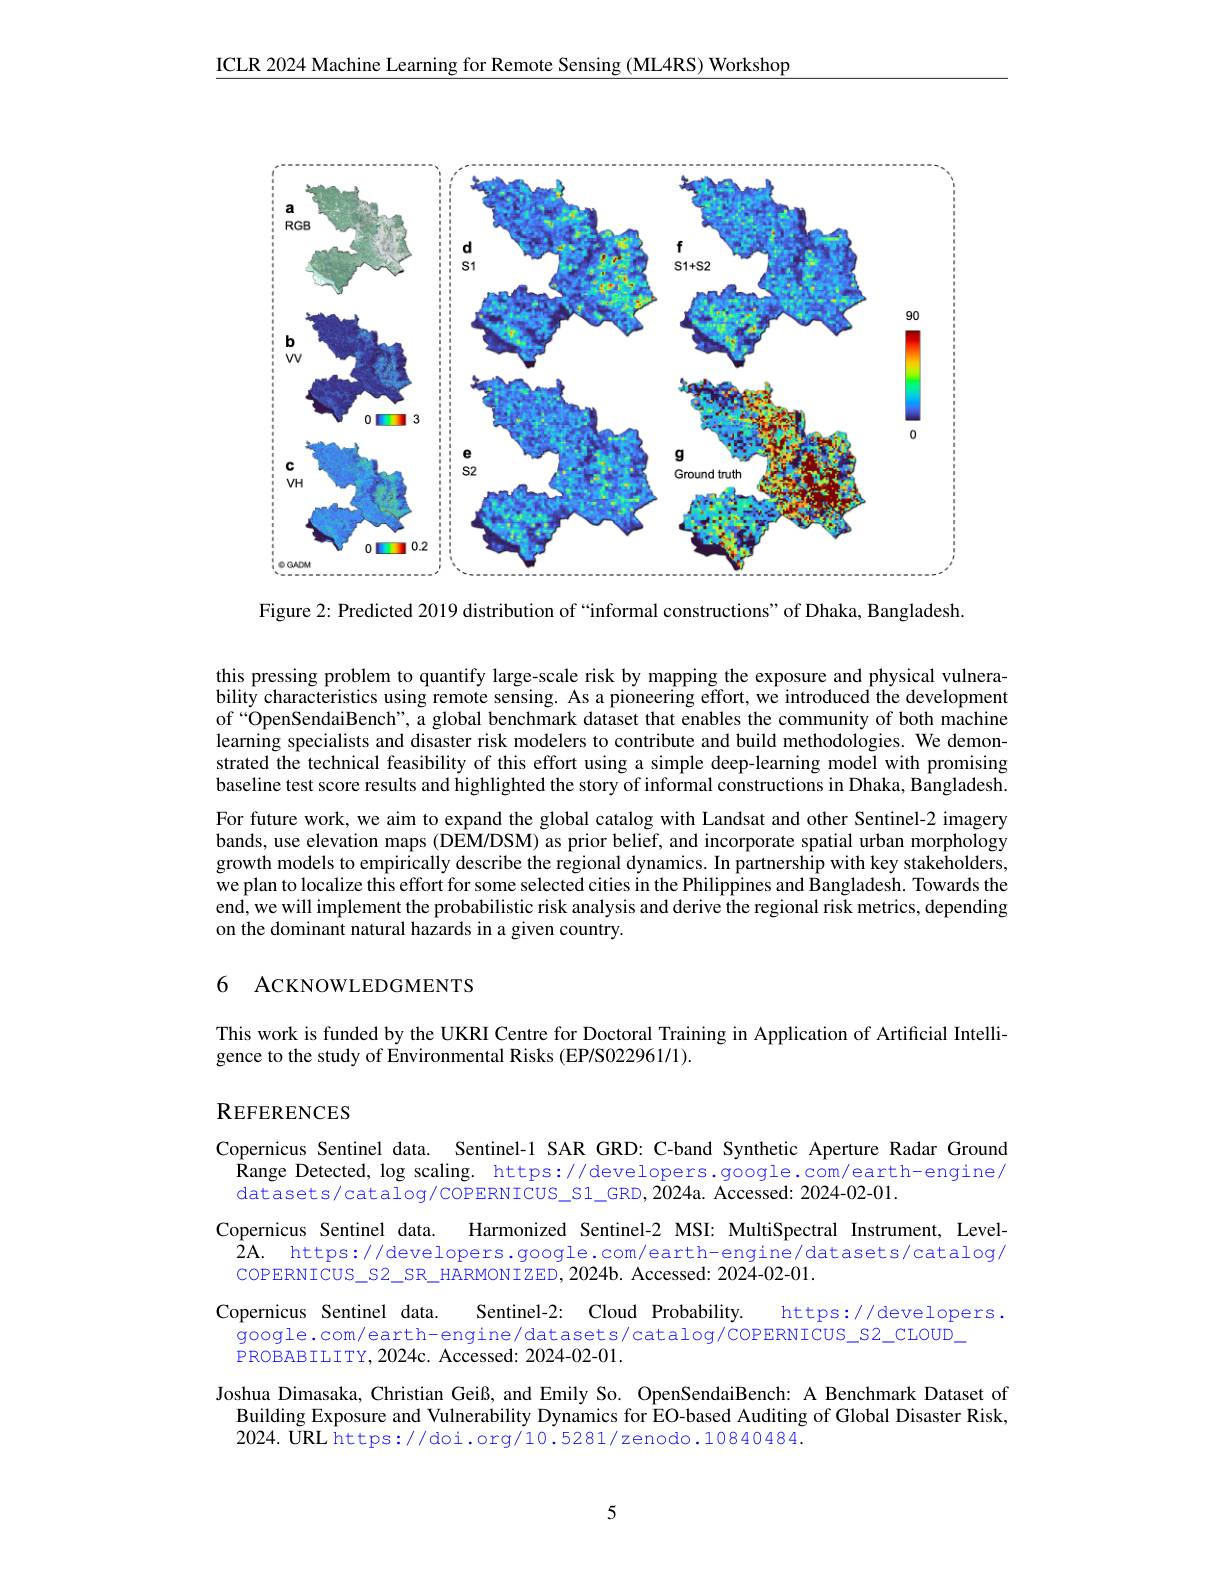
ICLR 2024 Machine Learning for Remote Sensing (ML4RS) Workshop

<FigureHere>

Figure 2: Predicted 2019 distribution of “informal constructions”of Dhaka, Bangladesh

this pressing problem to quantify large-scale risk by mapping the exposure and physical vulnerability characteristics using remote sensing. As a pioneering effort, we introduced the development of “OpenSendaiBench”, a global benchmark dataset that enables the community of both machine learning specialists and disaster risk modelers to contribute and build methodologies. We demonstrated the technical feasibility of this effort using a simple deep-learning model with promising baseline test score results and highlighted the story of informal constructions in Dhaka, Bangladesh. For future work, we aim to expand the global catalog with Landsat and other Sentinel-2 imagery bands, use elevation maps (DEM/DSM) as prior belief, and incorporate spatial urban morphology growth models to empirically describe the regional dynamics. In partnership with key stakeholders, we plan to localize this effort for some selected cities in the Philippines and Bangladesh. Towards the end, we will implement the probabilistic risk analysis and derive the regional risk metrics, depending on the dominant natural hazards in a given country.

## 6 ACKNOWLEDGMENTS

This work is funded by the UKRI Centre for Doctoral Training in Application of Artificial Intelli-
gence to the study of Environmental Risks (EP/S022961/1).

## REFERENCES

Copernicus Sentinel data. Sentinel-1 SAR GRD: C-band Synthetic Aperture Radar Ground
$\hat{\text{Range Detected, log scaling. https:}}//$developers.google.com/earth-engine/
datasets/catalog/COPERNICUS\_S1\_GRD,2024a. Accessed: 2024-02-01.
Copernicus Sentinel data.
Harmonized Sentinel-2 MSI: MultiSpectral Instrument, Level-
$\hat{2}$A. https://developers.google.com/earth-engine/datasets/catalog/
COPERNICUS\_S2\_SR\_HARMONIZED,2024b. Accessed: 2024-02-01.
Sentinel-2: Cloud Probability
Copernicus Sentinel data.
https://developers.
google.com/earth-engine/datasets/catalog/COPERNICUS_S2_CLOUD_
PROBABILITY, 2024c. Accessed: 2024-02-01.
Joshua Dimasaka, Christian Geiß, and Emily So. OpenSendaiBench: A Benchmark Dataset of
Building Exposure and Vulnerability Dynamics for ÊO-based Auditing of Global Disaster Risk,
2024. URL https://doi.org/10.5281/zenodo.10840484.

5